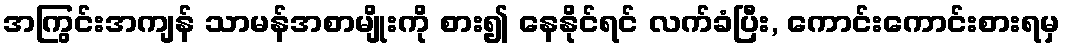
အကြွင်းအကျန် သာမန်အစာမျိုးကို စား၍ နေနိုင်ရင် လက်ခံပြီး, ကောင်းကောင်းစားရမှ